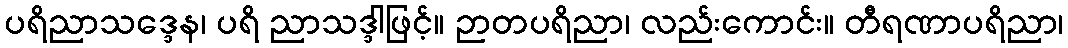
ပရိညာသဒ္ဒေန၊ ပရိ ညာသဒ္ဒါဖြင့်။ ဉာတပရိညာ၊ လည်းကောင်း။ တီရဏာပရိညာ၊